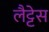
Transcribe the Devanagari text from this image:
लैट्टेस